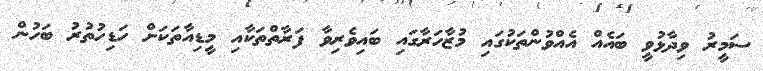
ސަމީރު ވިދާޅުވީ ބައެއް އެއްވުންތަކުގައި މުޒާހަރާގައި ބައިވެރިވާ ފަރާތްތަކާއި މީޑިއާތަކަށް ހަޑިހުތުރު ބަހުން